Annual statistical returns and brief notes on vaccination in Bengal - 1896-1909
Year: 1896
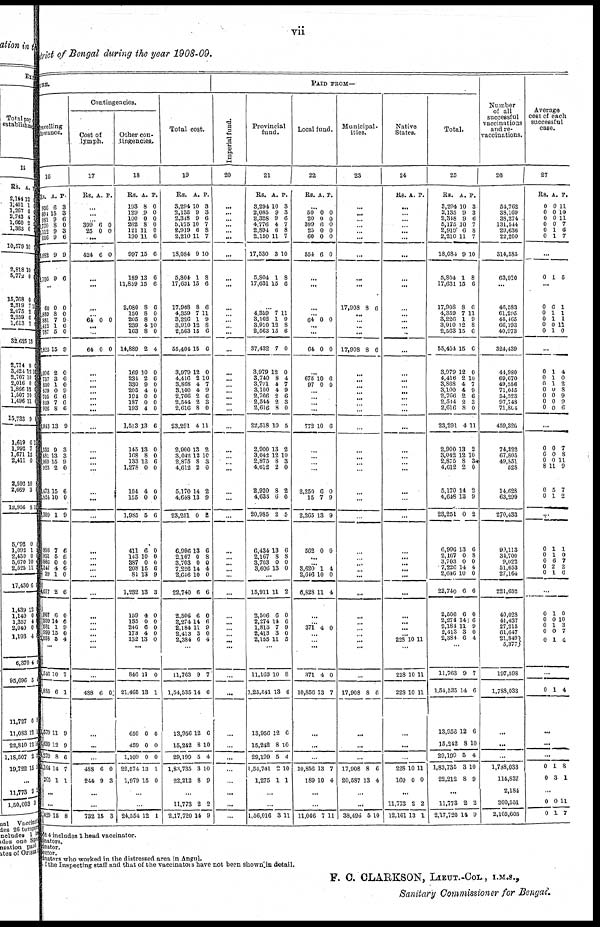
vii
district of Bengal during the year 1908-09.
URE.
Travelling
allowance.
16
Rs.
956
604
981
770
112
656
682
795
A.
6
15
0
8
9
9
9
9
P.
3
3
6
0
3
6
9
6
...
60
889
881
412 787
1,825
036
757
830
879
705
849
926
1,043
135
881
069
923
473
1,824
1,309
893
931
886
347
89
077
907
999
581
999
1,058
0
8
7
1
5
15
2
3 1
0
6
7
8
13
9
13
15
2
15
10
1
7
5
0
4
1
2
6
14
1
15
5
0
0
9
6
0
9
0
6
0
9
6
6
6
9
3
8
9
0
6
0
9
6
6
0
6
0
6
0
6
9
0
4
...
4,516
1,885
1,579
3,699
5,279
2,164
265
10
0
11
12
8
14
1
7
1
9
9
6
7
1
...
...
1,429 15 8
Contingencies.
Cost of
lymph.
17
Rs. A. P.
...
...
...
399
25
6
0
0
0
...
424 6 0
...
...
...
...
64 0 0
...
...
64 0 0
...
...
...
...
...
... ...
...
...
...
... ...
...
...
...
...
...
... ...
...
...
...
... ...
... ...
...
...
438 6 0
...
...
...
488
244
6
9
0
3
...
...
732 15 3
Other con-
tingencies
18
Rs.
193
129
100
262
121
190
997
189
11,859
2,080
150
205
239
163
14,889
169
234
330
205
194
187
193
1,513
145
168
133
1,278
104
155
1,985
411
143
387
208
81
1,232
159
135
240
173
132
A.
8
9
0
8
11
11
15
13
15
8
8
8
4
8
2
10
2
9
4
0
0
4
13
13
8
12
0
4
0
5
6
10
0
15
13
13
4
0
6
4
13
P.
0
0
0
0
0
6
6
6
6
6
0
0
10
0
4
0
6
0
0
0
0
0
6
0
0
6
0
0
0
6
0
0
0
6
9
3
0
0
0
0
0
...
846
21,465
650
459
1,109
22,574
1,979
11
13
0
0
0
13
15
0
1
0
0
0
1
0
...
...
24,554 12 1
Total cost.
19
Rs.
3,294
2,135
2,348
5,175
2,919
2,210
18,084
5,804
17,631
17,908
4,359
3,226
3,910
2,563
55,404
3,979
4,416
3,868
3,100
2,766
2,544
2,616
23,291
2,900
3,042
2,875
4,612
5,170
4,648
23,251
6,996
2,167
3,703
7,226
2,646
22,740
2,506
2,274
2,184
2,413
2,384
A.
10
9
9
10
6
11
9
1
15
8
7
1
12
15
15
12
2
4
4
2
2
8
4
13
12
8
2
14
13
0
13
0
0
14
10
6
6
14
11
3
6
P.
8
3
6
7
8
7
10
8
6
6
11
9
8
6
6
0
10
7
9
6
3
0
11
2
10
3
0
2
9
2
6
8 0
4
0
6
0
6
9
0
4
...
11,763
1,54,535
13,956
15,242
29,199
1,83,735
22,212
9
14
12
8
5
3
8
7
6
6
10
4
10
9
...
11,773
2,17,720
2
14
2
9
PAID FROM—
Imperial fund.
20
...
...
...
...
...
...
...
...
...
...
...
...
...
...
...
...
...
...
...
...
...
...
...
...
... ...
...
...
...
...
...
...
...
...
...
...
...
...
...
...
...
...
...
...
...
...
...
...
...
...
...
...
Provincial
fund.
21
Rs.
3,294
2,085
2,328
4,776
2,894
2,150
17,530
5,804
17,631
A.
10
9
9
4
6
11
3
1
15
P.
3
3
6
7
8
7
10
8
6
...
4,359
3,162
3,910
2,563
37,432
3,979
3,740
3,771
3,100
2,766
2,544
2,616
22,518
2,900
3,042
2,875
4,612
2,920
4,633
20,985
6,434
2,167
3,703
3,606
7
1
12
15
7
12
8
4
4
2
2
8
10
13
12
8
2
8
6
2
13
8
0
13
11
9
8
6
0
0
4
7
9
6
8
0
5
2
10
3
0
2
6
5
6
8
0
0
...
15,911
2,506
2,274
1,813
2,413
2,155
11
6
14
7
3
11
2
0
6
9
0
5
...
11,163
1,25,541
13,956
15,242
29,199
1,54,741
1,275
10
13
12
8
5
2
1
8
6
6
10
4
10
1
...
...
1,56,016 3 11
Local fund.
22
Rs. A. P.
...
50
20
399
25
60
554
0
0
6
0
0
6
0
0
0
0
0
0
...
...
...
... 64 0 0
...
...
64 0 0
...
675
97
10
0
6
0
... ...
...
...
772 10 6
...
... ...
...
2,250
15
2,265
562
6
7
13
0
0
9
9
0
...
... 3,620
2,646
6,828
1
10
11
4
0
4
...
... 371 4 0
...
...
...
371
10,856
4
13
0
7
...
...
...
10,856
189
13
10
7
4
...
...
11,046 7 11
Municipal-
ities
23
...
...
... ...
...
...
...
...
...
17,908 8 6
...
...
...
...
17,908 8 6
...
...
...
...
...
...
...
...
...
...
...
...
...
...
...
...
...
...
... ...
...
...
...
...
... ..
...
...
17,908 8 fi
...
...
...
17,908
20,587
8
13
0
4
...
...
38,496 5 10
Native
States.
24
Rs. A. P.
...
...
...
... ...
...
...
...
...
...
...
...
... ...
...
...
...
...
...
...
... ...
...
...
...
... ...
...
...
...
...
...
... ...
...
...
...
...
...
... 223 10 11
...
228
228
10
10
11
11
...
...
...
228
160
10
0
11
0
...
11,773
12,161
2
13
2
1
Total.
25
Rs.
3,294
2,135
2,348
5,175
2,919
2,210
18,084
5,804
17,631
17,908
4,359
3,226
3,910
2,563
55,404
3,979
4,416
3,868
3,100
2,766
2,514
2,616
23,291
2,900
3,042
2,875
4,612
5,170
4,648
23,251
6,996
2,167
3,703
7,226
2,646
22,740
2,506
2,274
2,184
2,413
2,384
A.
10
9
9
10
6
11
9
1
15
8
7
1
12
15
15
12
2
4
4
2
2
8
4
13
12
8
2
14
13
0
13
0
0
14
10
6
6
14
11
3
6
P.
3
3
6
7
8
7
10
8
6
6
11
9
8
6
6
0
10
7
9
6
3
0
11
2
10
34
0
2
9
2
6
8
0
4
0
6
0
6
9
0
4
...
11,763
1,54,535
13,956
15,242
29,199
1,83,735
22,212
9
14
12
8
5
3
8
7
6
6
10
4
10
9
...
11,773
2,17,720
2
14
2
9
Number
of all
successful
vaccinations
and re-
vaccinations.
26
54,762
38,160
38,274
131,544
29,636
22,200
314,585
63,930
...
46,583
61,295
45,465
66,193
40,973
324,439
44,980
69,670
49,556
71,045
54,523
97,748
71,804
459,326
74,322
67,805
49,851
528
14,628
63,299
270,433
90,113
34,700
9,022
51,653
27,164
221,652
40,028
41,437
27,215
61,647
21,849
5,377
197,598
1,788,033
...
...
...
1,788,033
114,837
2,184
200,551
2,105,605
Average
cost of each
successful
case.
27
Rs.
0
0
0
0
0
0
A.
0
0
0
0
1
1
P.
11
10
11
7
6
7
...
0 1 5
...
0
0
0
0
0
6
1
1
0
1
1
1
1
11
0
...
0
0
0 0
0
0
0
1
1
1
0
0
0
0
4
0
2
8
9
9
6
...
0
0
0
8
0
0
0
0
0
11
5
1
7
8
11
9
7
2
...
0
0
0
0
0
1
1
6
2
1
1
0
7
2
6
...
0
0
0
0
0
1
0
1
0 1
0
10
3
7 4
...
...
0 1 4
...
...
...
0
0
1
3
8
1
...
0
0
0
1
11
7
Depôt 4 includes 1 head vaccinator.
vaccinators.
vaccinator.
ector.
vaccinators
who worked in the distressed area in Angul.
the Inspecting staff and that of the vaccinators have not been shown in detail.
F. C. CLARKSON, LIEUT.-COL., I.M.S.,
Sanitary Commissioner for Bengal.